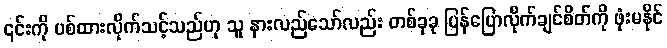
၎င်းကို ပစ်ထားလိုက်သင့်သည်ဟု သူ နားလည်သော်လည်း တစ်ခုခု ပြန်ပြောလိုက်ချင်စိတ်ကို ဖုံးမနိုင်